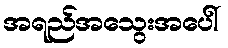
အရည်အသွေးအပေါ်